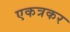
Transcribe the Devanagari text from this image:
एकत्रकर